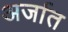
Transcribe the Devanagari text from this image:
अर्जात